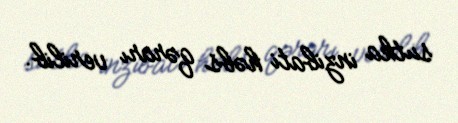
sutka inzibati həbs qərarı verilib.